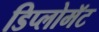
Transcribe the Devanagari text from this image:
डिप्लोमॅट